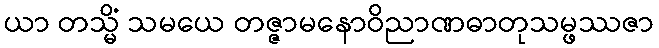
ယာ တသ္မိံ သမယေ တဇ္ဇာမနောဝိညာဏဓာတုသမ္ဖဿဇာ